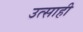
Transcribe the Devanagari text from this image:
उत्‍साही